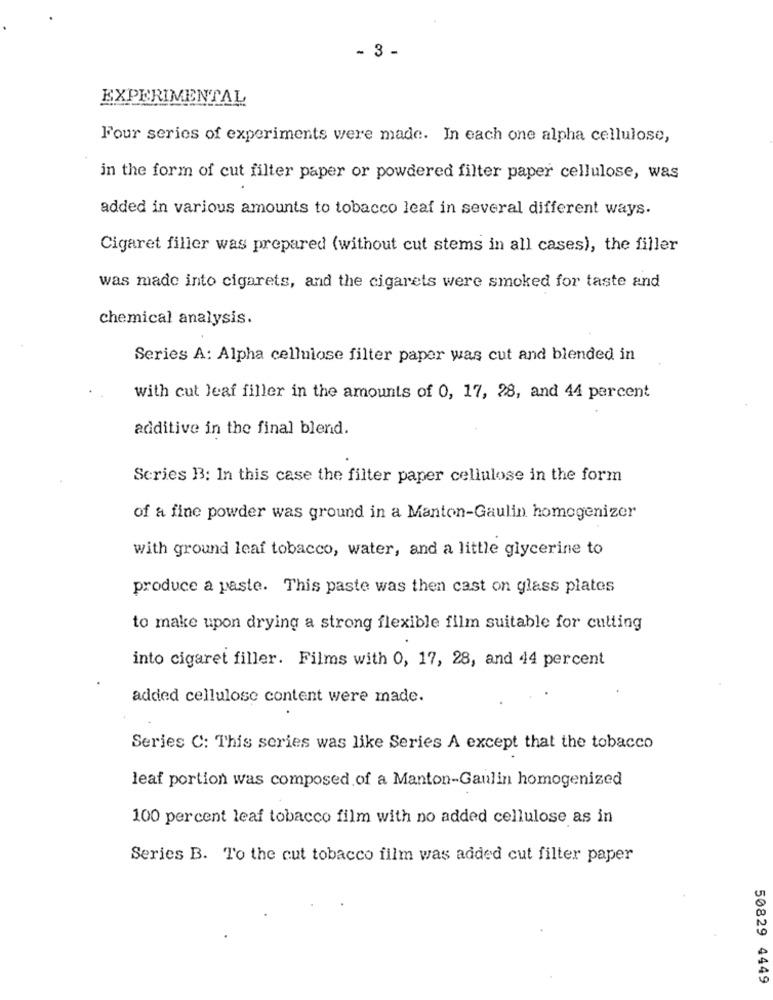
- 3 -
EXPERIMENTAL
Four series of experiments were made. In each one alpha cellulose,
in the form of cut filter paper or powdered filter paper cellulose, was
added in various amounts to tobacco leaf in several different ways.
Cigaret filler was prepared (without cut stems in all cases), the filler
was made into cigarets, and the cigarets were smoked for taste and
chemical analysis.
Series A: Alpha cellulose filter paper was cut and blended in
with cut leaf filler in the amounts of 0, 17, 28, and 44 percent
additive in the final blend.
Series 13: In this case the filter paper cellulose in the form
of a fine powder was ground in a Manton-Gaulin homogenizer
with ground leaf tobacco, water, and a little glycerine to
produce a paste. This paste was then cast on glass plates
to make upon drying a strong flexible film suitable for cutting
into cigaret filler. Films with 0, 17, 28, and 44 percent
added cellulose content were made.
Series C: This series was like Series A except that the tobacco
leaf portion was composed of a Manton-Gaulin homogenized
100 percent leaf tobacco film with no added cellulose as in
Series B. To the cut tobacco film was added cut filter paper
50829 4449